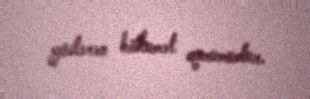
göstərən hökumət qurumudur.